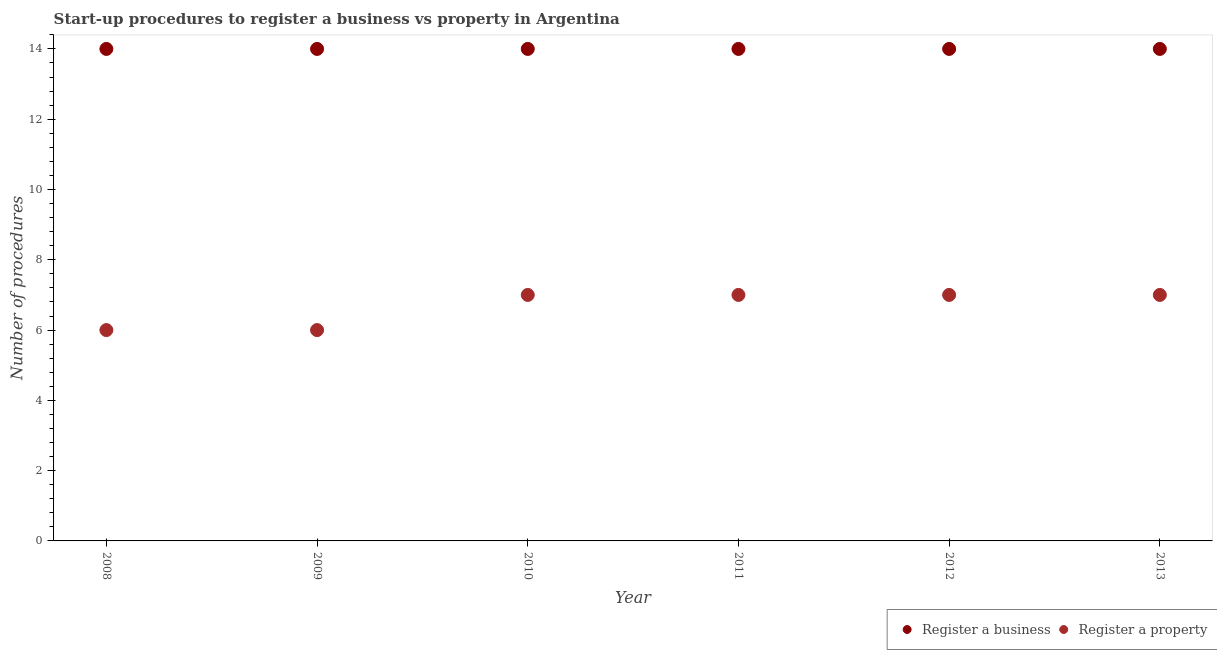
| Year | Register a business | Register a property |
 | --- | --- | --- |
 | 2008 | 14 | 6 |
 | 2009 | 14 | 6 |
 | 2010 | 14 | 7 |
 | 2011 | 14 | 7 |
 | 2012 | 14 | 7 |
 | 2013 | 14 | 7 |